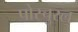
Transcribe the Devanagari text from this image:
पोस्चुरल